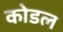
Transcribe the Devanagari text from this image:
कोडल